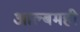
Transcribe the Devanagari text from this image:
आल्बमही